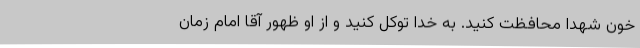
خون شهدا محافظت کنید. به خدا توکل کنید و از او ظهور آقا امام زمان